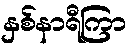
နှစ်နာရီကြာ